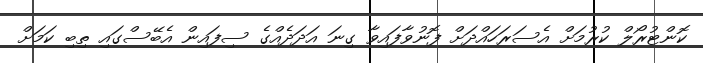
ކޮންޓުރޯލް ކުރުމަށް އެސަރަހައްދަށް ފޮނުވާފައިވާ ގިނަ އަދަދެއްގެ ސިފައިން އެބޭސްގައި ތިބި ކަމަށް